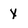
Character: y